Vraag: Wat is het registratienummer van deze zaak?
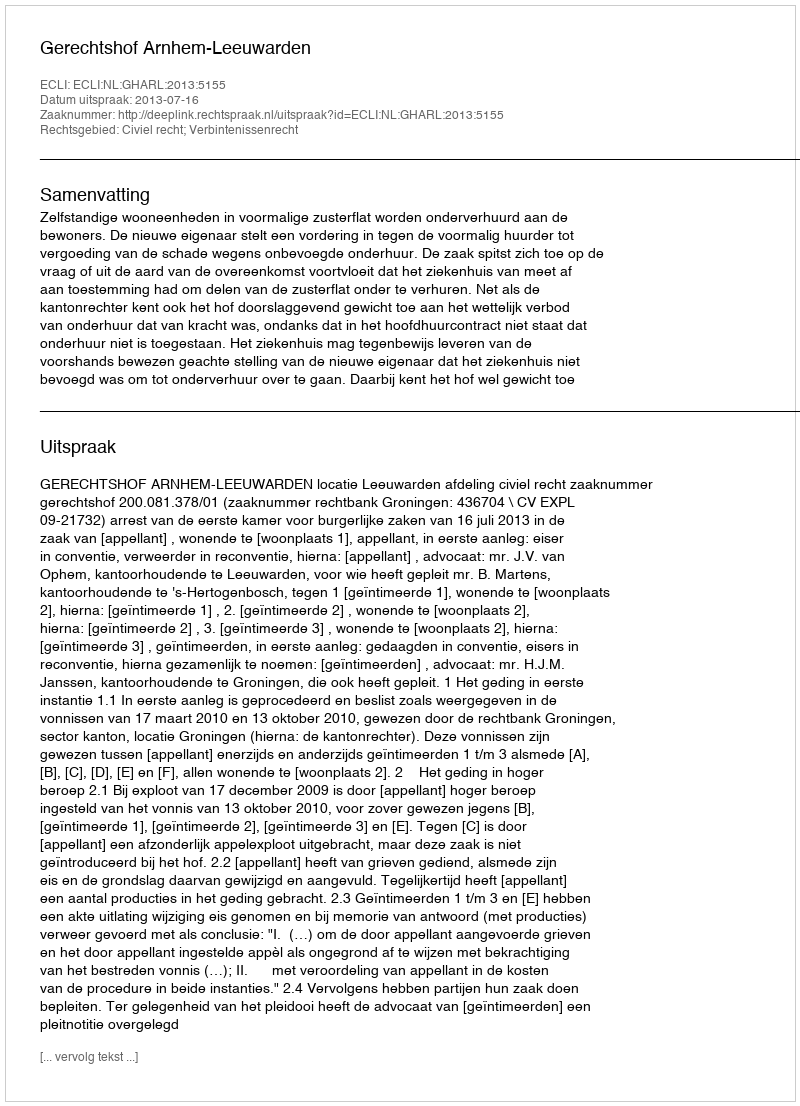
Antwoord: http://deeplink.rechtspraak.nl/uitspraak?id=ECLI:NL:GHARL:2013:5155